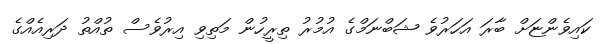
ކައިވެންޏަށް ބާރަ އަހަރުވެ ޝަބްނަމްގެ އުމުރު ތިރީހުން މަތިވި އިރުވެސް ތުއްތު ދަރިއެއްގެ